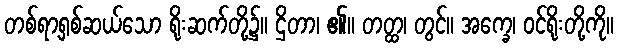
တစ်ရာ့ရှစ်ဆယ်သော ရိုးဆက်တို့၌။ ဌိတာ၊ ၏။ တတ္ထ၊ တွင်။ အက္ခေ၊ ဝင်ရိုးတို့ကို။